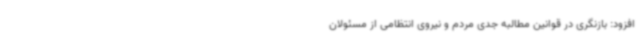
افزود: بازنگری در قوانین مطالبه جدی مردم و نیروی انتظامی از مسئولان